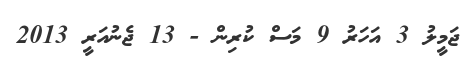
ޖަމީލު 3 އަހަރު 9 މަސް ކުރިން - 13 ޖެނުއަރީ 2013